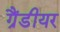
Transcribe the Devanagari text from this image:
ग्रैंडीयर